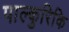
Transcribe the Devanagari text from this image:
पाल्कुरिकि